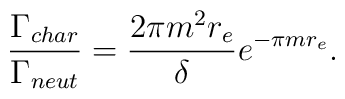
\frac{\Gamma_{char}}{\Gamma_{neut}} = \frac{2 \pi m^2 r_{e}}{\delta}e^{- \pi m r_{e}}.